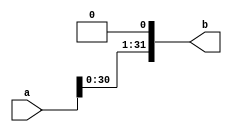
module ShiftLeft1 #(
    parameter n = 32
) (
    input  [n-1:0] a,
    output [n-1:0] b
);
  assign b[0] = 1'b0;
  assign b[n-1:1] = a[n-2:0];
endmodule